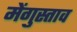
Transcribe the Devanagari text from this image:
मेंगुस्ताव